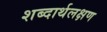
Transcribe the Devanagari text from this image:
शब्दार्थलक्षण